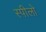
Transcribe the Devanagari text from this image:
स्पीलो